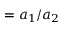
= a _ { 1 } / a _ { 2 }